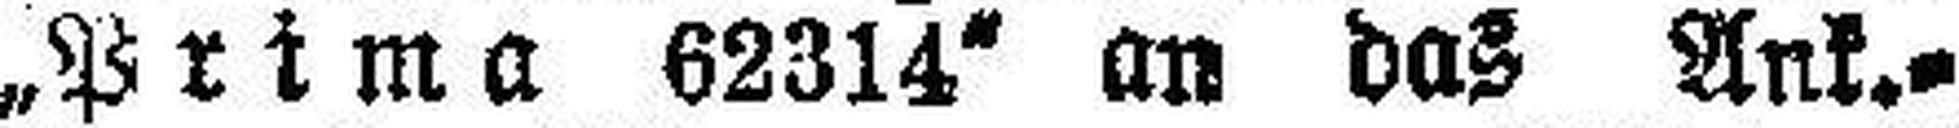
„Prima 62314" an das Ank.-